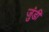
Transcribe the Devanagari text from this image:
जुंडी